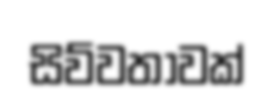
සිව්වතාවක්